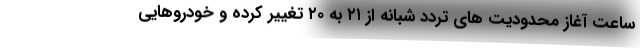
ساعت آغاز محدودیت های تردد شبانه از ۲۱ به ۲۰ تغییر کرده و خودروهایی